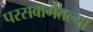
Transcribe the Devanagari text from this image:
परसबागेतल्या